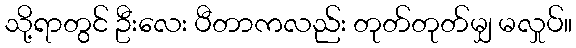
သို့ရာတွင် ဦးလေး ပီတာကလည်း တုတ်တုတ်မျှ မလှုပ်။